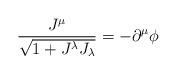
LaTeX: \begin{align*}\frac{J^{\mu }}{\sqrt{1+J^{\lambda }J_{\lambda }}}=-\partial ^{\mu }\phi\end{align*}